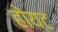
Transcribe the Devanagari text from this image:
होयट